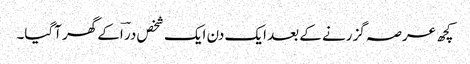
کچھ عرصہ گزرنے کے بعد ایک دن ایک شخص در ؔاکے گھر آگیا۔